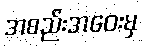
အစည်းအဝေးမှ